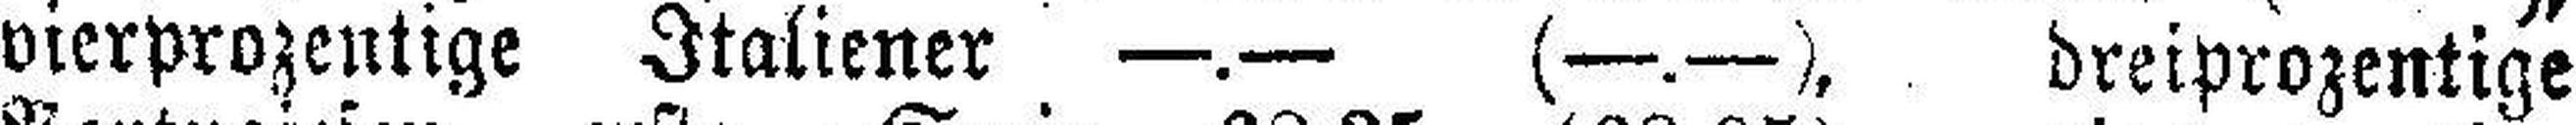
vierprozentige Italiener —.— (—.— ), dreiprozentige